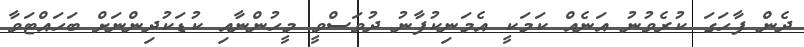
ދެން ފާހަގަ ކުރެވުނު އަނެއް ކަމަކީ އެމަނިކުފާނު ދުވަސްވީ މީހުންނާއި ކުޑަކުދިންނަށް ބަހައްޓަވާ